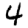
Digit: 4